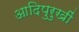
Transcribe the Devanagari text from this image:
आदिपुरुखीं